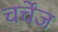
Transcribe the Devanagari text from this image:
चर्चेंज